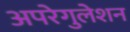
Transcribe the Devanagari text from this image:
अपरेगुलेशन